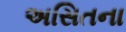
અસિતના